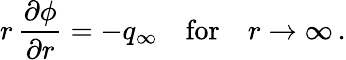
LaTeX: r\, \frac{\partial\phi}{\partial r}=-q_{\infty}\quad\mathrm{for}\quad r\rightarrow\infty\, .